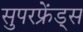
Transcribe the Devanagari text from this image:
सुपरफ्रेंड्स